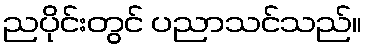
ညပိုင်းတွင် ပညာသင်သည်။